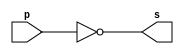
// -- PUC Minas - Instituto de Ciencias Exatas e Informatica
// -- Ciencia da Computacao - Professor Theldo Cruz
// Nome: ANA CRISTINA PEREIRA TEIXEIRA

// -- 06.) Definir e testar um mdulo para calcular o complemento de 1, de um valor qualquer contido em um byte. 
// --  recomendvel simular o mesmo em Logisim.

// -------------------------
// -- module complement de 1
// -------------------------
module complement (output [7:0] s, input [7:0] p);
	assign s = ~p;
endmodule // complement

// -------------------------
// -- test module complement
// -------------------------
module test_complement;
	// ------------------------- dados locais 
	reg [7:0] a;
	wire [7:0] s1;
	
	// ------------------------- instancia
	complement C1 (s1, a);
	
	// ------------------------- parte principal
	initial begin
		a = 0;
		$display("Extra 0001 - ANA CRISTINA - 427385");
		$display("Teste Complemento de 1, 1 byte = 8 bits");
		
		$monitor("%b = %b", a, s1);
		#1 a = 0;
		#1 a = 1;
		#1 a = 2;
		#1 a = 3;
		#1 a = 4;
		#1 a = 5;
		#1 a = 6;
		#1 a = 7;
		#1 a = 8;
		#1 a = 9;
	end
endmodule

// -- Testes
// Extra 0001 - ANA CRISTINA - 427385
// Teste Complemento de 1, 1 byte = 8 bits
// 00000000 = 11111111
// 00000001 = 11111110
// 00000010 = 11111101
// 00000011 = 11111100
// 00000100 = 11111011
// 00000101 = 11111010
// 00000110 = 11111001
// 00000111 = 11111000
// 00001000 = 11110111
// 00001001 = 11110110